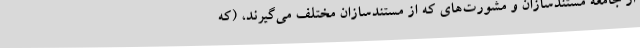
از جامعه مستندسازان و مشورت‌های که از مستندسازان مختلف می‌گیرند، (که